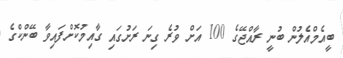
ބީއެމްއެލުން ބުނީ ރާއްޖޭގެ 100 އަށް ވުރެ ގިނަ ރަށުގައި ގާއިމުކޮށްފައިވާ ބޭންކްގެ